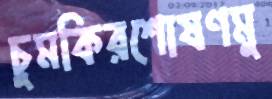
চুমকিরশোষণমু